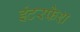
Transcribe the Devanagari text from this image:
इंटरफेश